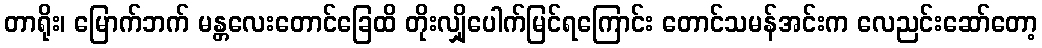
တာရိုး၊ မြောက်ဘက် မန္တလေးတောင်ခြေထိ တိုးလျှိုပေါက်မြင်ရကြောင်း တောင်သမန်အင်းက လေညင်းဆော်တော့